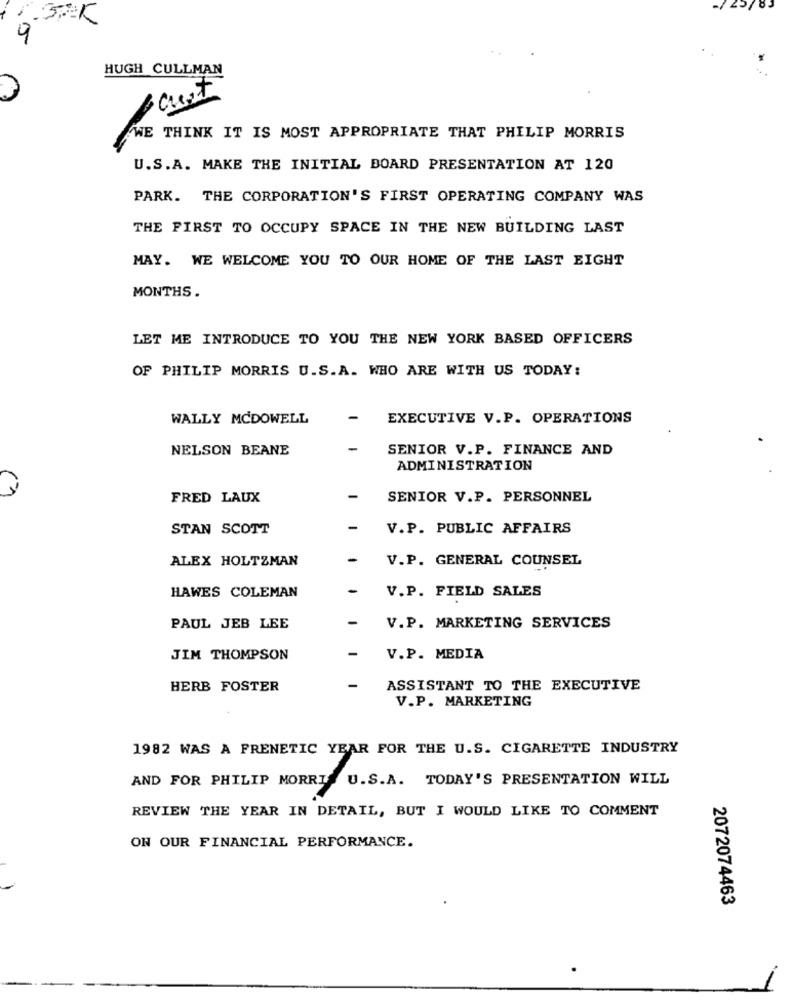
1.3K
9
HUGH CULLMAN
cust
WE THINK IT IS MOST APPROPRIATE THAT PHILIP MORRIS
U.S.A. MAKE THE INITIAL BOARD PRESENTATION AT 120
PARK. THE CORPORATION'S FIRST OPERATING COMPANY WAS
THE FIRST TO OCCUPY SPACE IN THE NEW BUILDING LAST
MAY. WE WELCOME YOU TO OUR HOME OF THE LAST EIGHT
MONTHS.
LET ME INTRODUCE TO YOU THE NEW YORK BASED OFFICERS
OF PHILIP MORRIS U.S.A. WHO ARE WITH US TODAY:
WALLY MCDOWELL
EXECUTIVE V.P. OPERATIONS
NELSON BEANE
SENIOR V.P. FINANCE AND
ADMINISTRATION
FRED LAUX
-
SENIOR V.P. PERSONNEL
STAN SCOTT
-
V.P. PUBLIC AFFAIRS
ALEX HOLTZMAN
V.P. GENERAL COUNSEL
HAWES COLEMAN
V.P. FIELD SALES
PAUL JEB LEE
V.P. MARKETING SERVICES
JIM THOMPSON
V.P. MEDIA
HERB FOSTER
ASSISTANT TO THE EXECUTIVE
V.P. MARKETING
1982 WAS A FRENETIC YEAR FOR THE U.S. CIGARETTE INDUSTRY
AND FOR PHILIP MORRIS U.S.A. TODAY'S PRESENTATION WILL
REVIEW THE YEAR IN DETAIL, BUT I WOULD LIKE TO COMMENT
ON OUR FINANCIAL PERFORMANCE.
2072074463